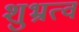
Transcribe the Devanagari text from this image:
शुभ्रत्व